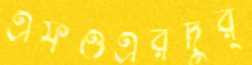
এফওএরদুর্